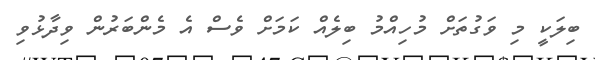
ބިލަކީ މި ވަގުތަށް މުހިއްމު ބިލެއް ކަމަށް ވެސް އެ މެންބަރުން ވިދާޅުވި